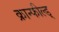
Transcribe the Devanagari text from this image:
क्रान्फील्ड्